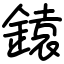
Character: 鎱